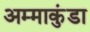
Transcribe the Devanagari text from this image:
अम्माकुंडा